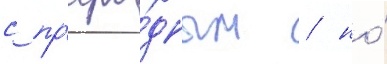
с пр'иро́дным / но́